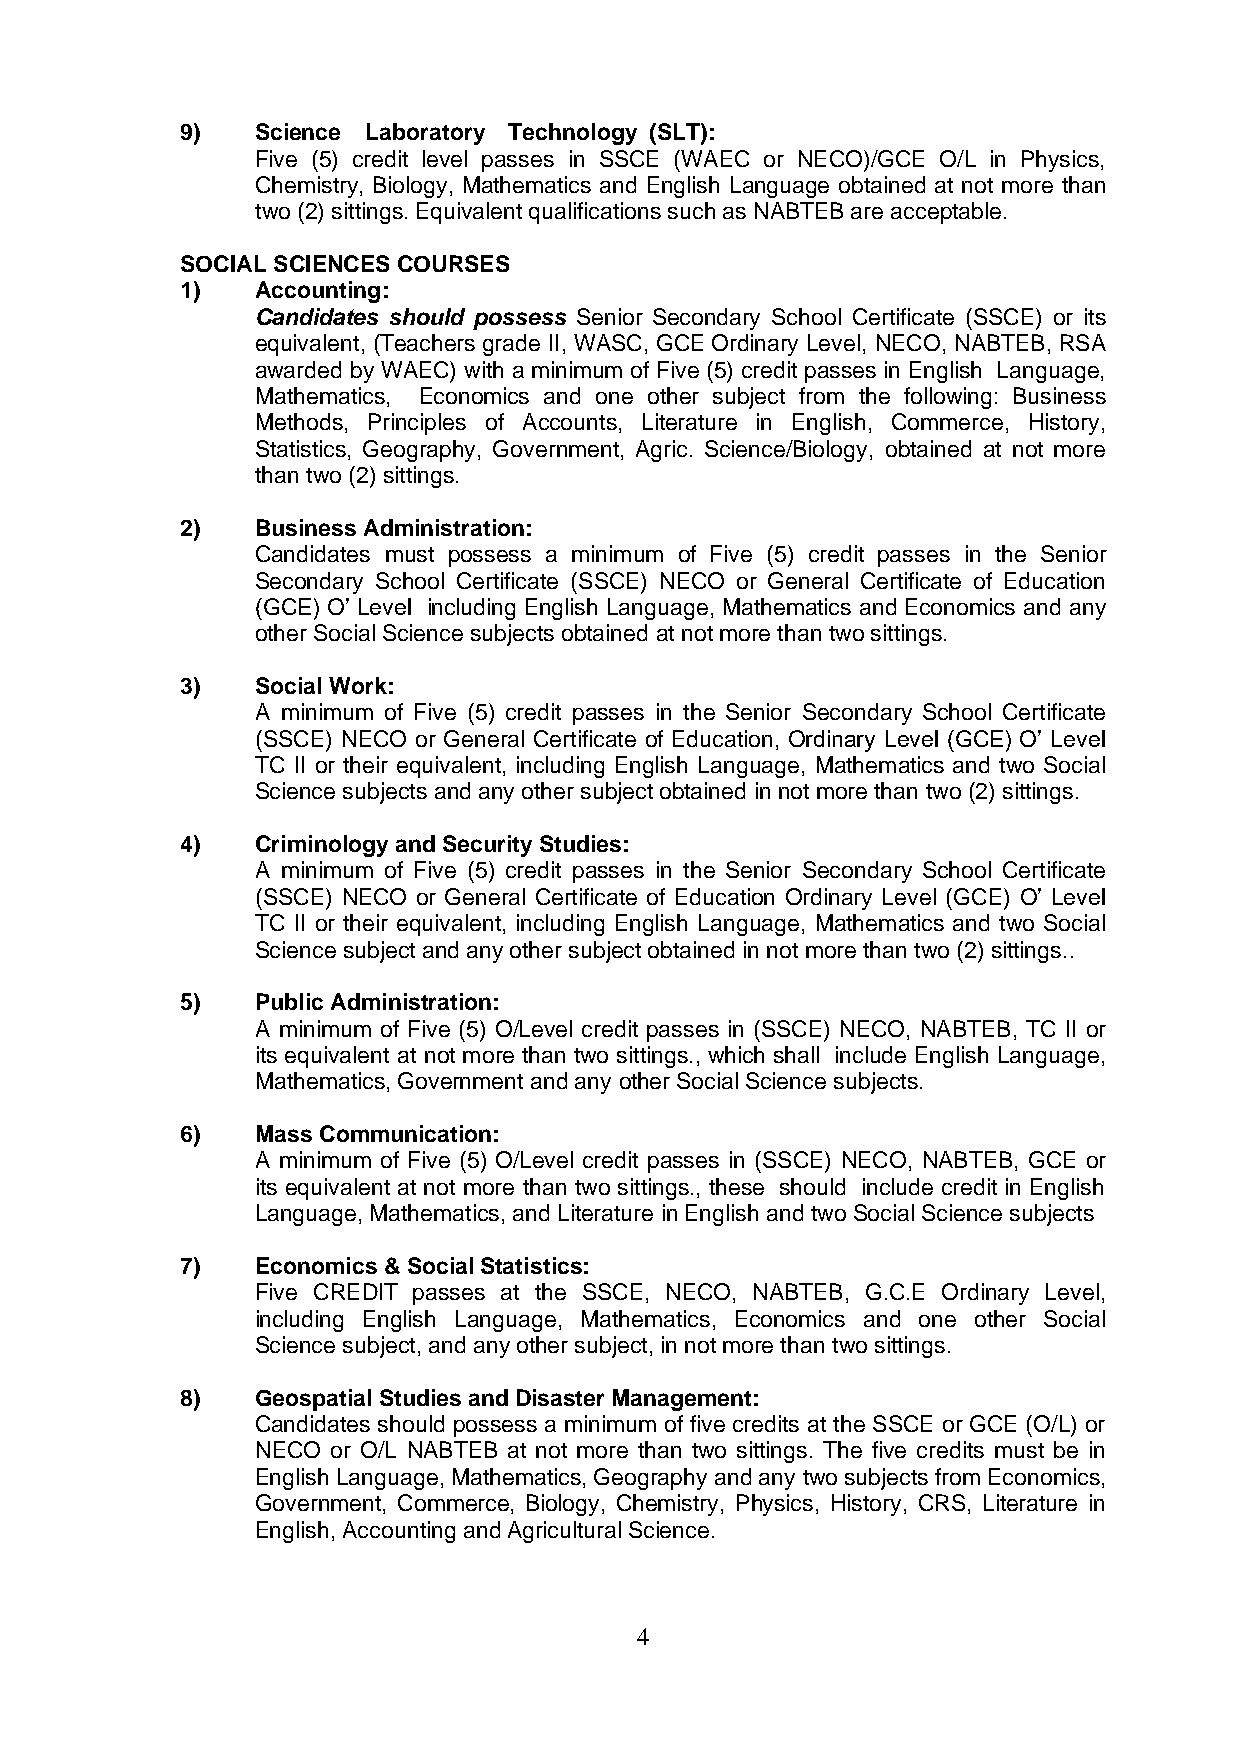
9)   Science Laboratory Technology (SLT):
 Five (5) credit level passes in SSCE (WAEC or NECO)/GCE O/L in Physics,
 Chemistry, Biology, Mathematics and English Language obtained at not more than
 two (2) sittings. Equivalent qualifications such as NABTEB are acceptable.
 SOCIAL SCIENCES COURSES
 1)   Accounting:
 Candidates should possess Senior Secondary School Certificate (SSCE) or its
 equivalent, (Teachers grade II, WASC, GCE Ordinary Level, NECO, NABTEB, RSA
 awarded by WAEC) with a minimum of Five (5) credit passes in English Language,
 Mathematics, Economics and one other subject from the following: Business
 Methods, Principles of Accounts, Literature in English, Commerce, History,
 Statistics, Geography, Government, Agric. Science/Biology, obtained at not more
 than two (2) sittings.
 2)   Business Administration:
 Candidates must possess a minimum of Five (5) credit passes in the Senior
 Secondary School Certificate (SSCE) NECO or General Certificate of Education
 (GCE) O’ Level including English Language, Mathematics and Economics and any
 other Social Science subjects obtained at not more than two sittings.
 3)   Social Work:
 A minimum of Five (5) credit passes in the Senior Secondary School Certificate
 (SSCE) NECO or General Certificate of Education, Ordinary Level (GCE) O’ Level
 TC II or their equivalent, including English Language, Mathematics and two Social
 Science subjects and any other subject obtained in not more than two (2) sittings.
 4)   Criminology and Security Studies:
 A minimum of Five (5) credit passes in the Senior Secondary School Certificate
 (SSCE) NECO or General Certificate of Education Ordinary Level (GCE) O’ Level
 TC II or their equivalent, including English Language, Mathematics and two Social
 Science subject and any other subject obtained in not more than two (2) sittings..
 5)   Public Administration:
 A minimum of Five (5) O/Level credit passes in (SSCE) NECO, NABTEB, TC II or
 its equivalent at not more than two sittings., which shall include English Language,
 Mathematics, Government and any other Social Science subjects.
 6)   Mass Communication:
 A minimum of Five (5) O/Level credit passes in (SSCE) NECO, NABTEB, GCE or
 its equivalent at not more than two sittings., these should include credit in English
 Language, Mathematics, and Literature in English and two Social Science subjects
 7)   Economics & Social Statistics:
 Five CREDIT passes at the SSCE, NECO, NABTEB, G.C.E Ordinary Level,
 including English Language, Mathematics, Economics and one other Social
 Science subject, and any other subject, in not more than two sittings.
 8)   Geospatial Studies and Disaster Management:
 Candidates should possess a minimum of five credits at the SSCE or GCE (O/L) or
 NECO or O/L NABTEB at not more than two sittings. The five credits must be in
 English Language, Mathematics, Geography and any two subjects from Economics,
 Government, Commerce, Biology, Chemistry, Physics, History, CRS, Literature in
 English, Accounting and Agricultural Science.
 4